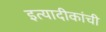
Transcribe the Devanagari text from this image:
इत्यादीकांची